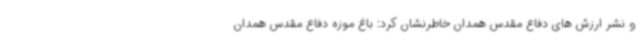
و نشر ارزش های دفاع مقدس همدان خاطرنشان کرد: باغ موزه دفاع مقدس همدان